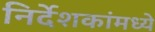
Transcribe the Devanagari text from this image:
निर्देशकांमध्ये